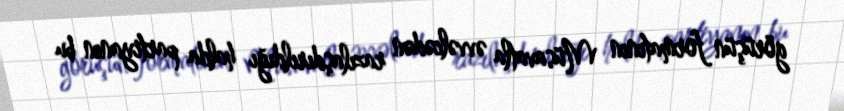
görüşün formatının Müsavatla əvvəlcədən razılaşdırıldığı halda partiyanın bu